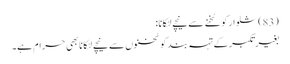
(83) شلوار کو ٹخنے سے نیچے لٹکانا:
بغیر تکبر کے تہہ بند کو ٹخنوں سے نیچے لٹکانا بھی حرام ہے۔